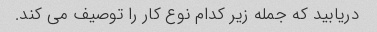
دریابید که جمله زیر کدام نوع کار را توصیف می کند.